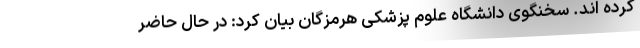
کرده اند. سخنگوی دانشگاه علوم پزشکی هرمزگان بیان کرد: در حال حاضر